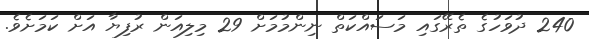
240 ދުވަހުގެ ތެރޭގައި މަސައްކަތް ނިންމުމަށް 29 މިލިއަން ރުފިޔާ އަށް ކަމަށެވެ.